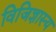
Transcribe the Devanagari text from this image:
विजिज्ञास्य